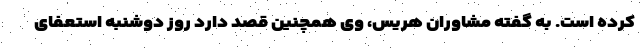
کرده است. به گفته مشاوران هریس، وی همچنین قصد دارد روز دوشنبه استعفای